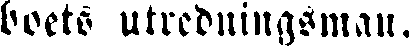
boets utredningsman.